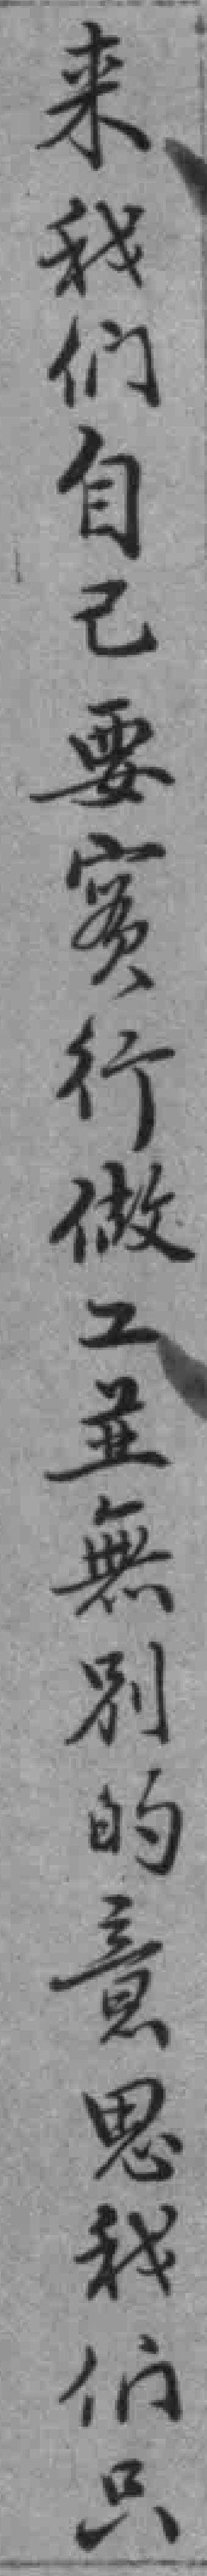
来我们自己要實行做工並無別的意思我们只